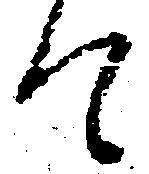
て